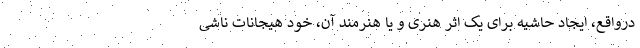
درواقع، ایجاد حاشیه برای یک اثر هنری و یا هنرمند آن، خود هیجانات ناشی